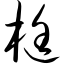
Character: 梃